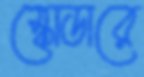
স্কোডারে